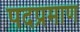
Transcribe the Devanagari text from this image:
पदप्रमाण